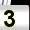
Digit: 3